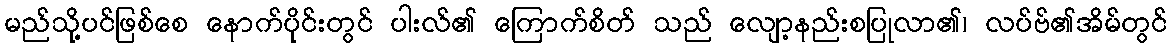
မည်သို့ပင်ဖြစ်စေ နောက်ပိုင်းတွင် ပါးလ်၏ ကြောက်စိတ် သည် လျော့နည်းစပြုလာ၏၊ လပ်ဗ်၏အိမ်တွင်